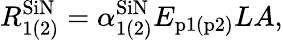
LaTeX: R_{1(2)}^{\textrm{SiN}}=\alpha_{1(2)}^{\textrm{SiN}}E_{\textrm{p1(p2)}}LA,